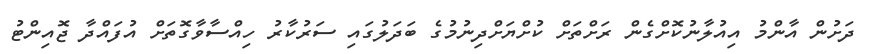
ދަށުން އާންމު އިއުލާނުކޮށްގެން ރަށްތަށް ކުށްޔަށްދިނުމުގެ ބަދަލުގައި ސަރުކާރު ހިއްސާވާގޮތަށް އުފައްދާ ޖޮއިންޓު